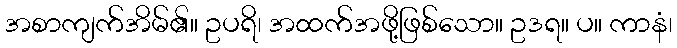
အစာကျက်အိမ်၏။ ဥပရိ၊ အထက်အဖို့ဖြစ်သော။ ဥဒရ။ ပ။ ကာနံ၊